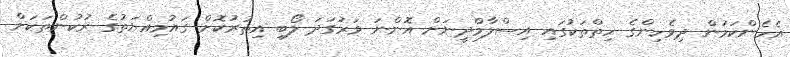
އެހެންކަމުން ދިވެހިންގެ ހިތްތަކުގައި އިސްލާމްދީނަށް އޮންނަ ވަރުގަދަ ލޯބި އިތުރުކޮށް ގައުމިއްޔަތުގެ ރުކުންތަކަށް